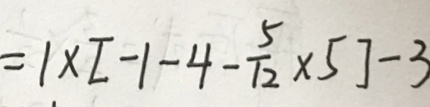
= 1 \times [ - 1 - 4 - \frac { 5 } { 1 2 } \times 5 ] - 3